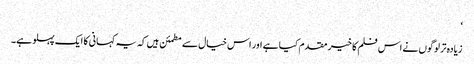
‘
زیادہ تر لوگوں نے اس فلم کا خیر مقدم کیا ہے اور اس خیال سے مطمئن ہیں کہ یہ کہانی کا ایک پہلو ہے۔